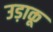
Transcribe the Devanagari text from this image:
उड़ाकू